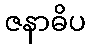
ဇနာဓိပ